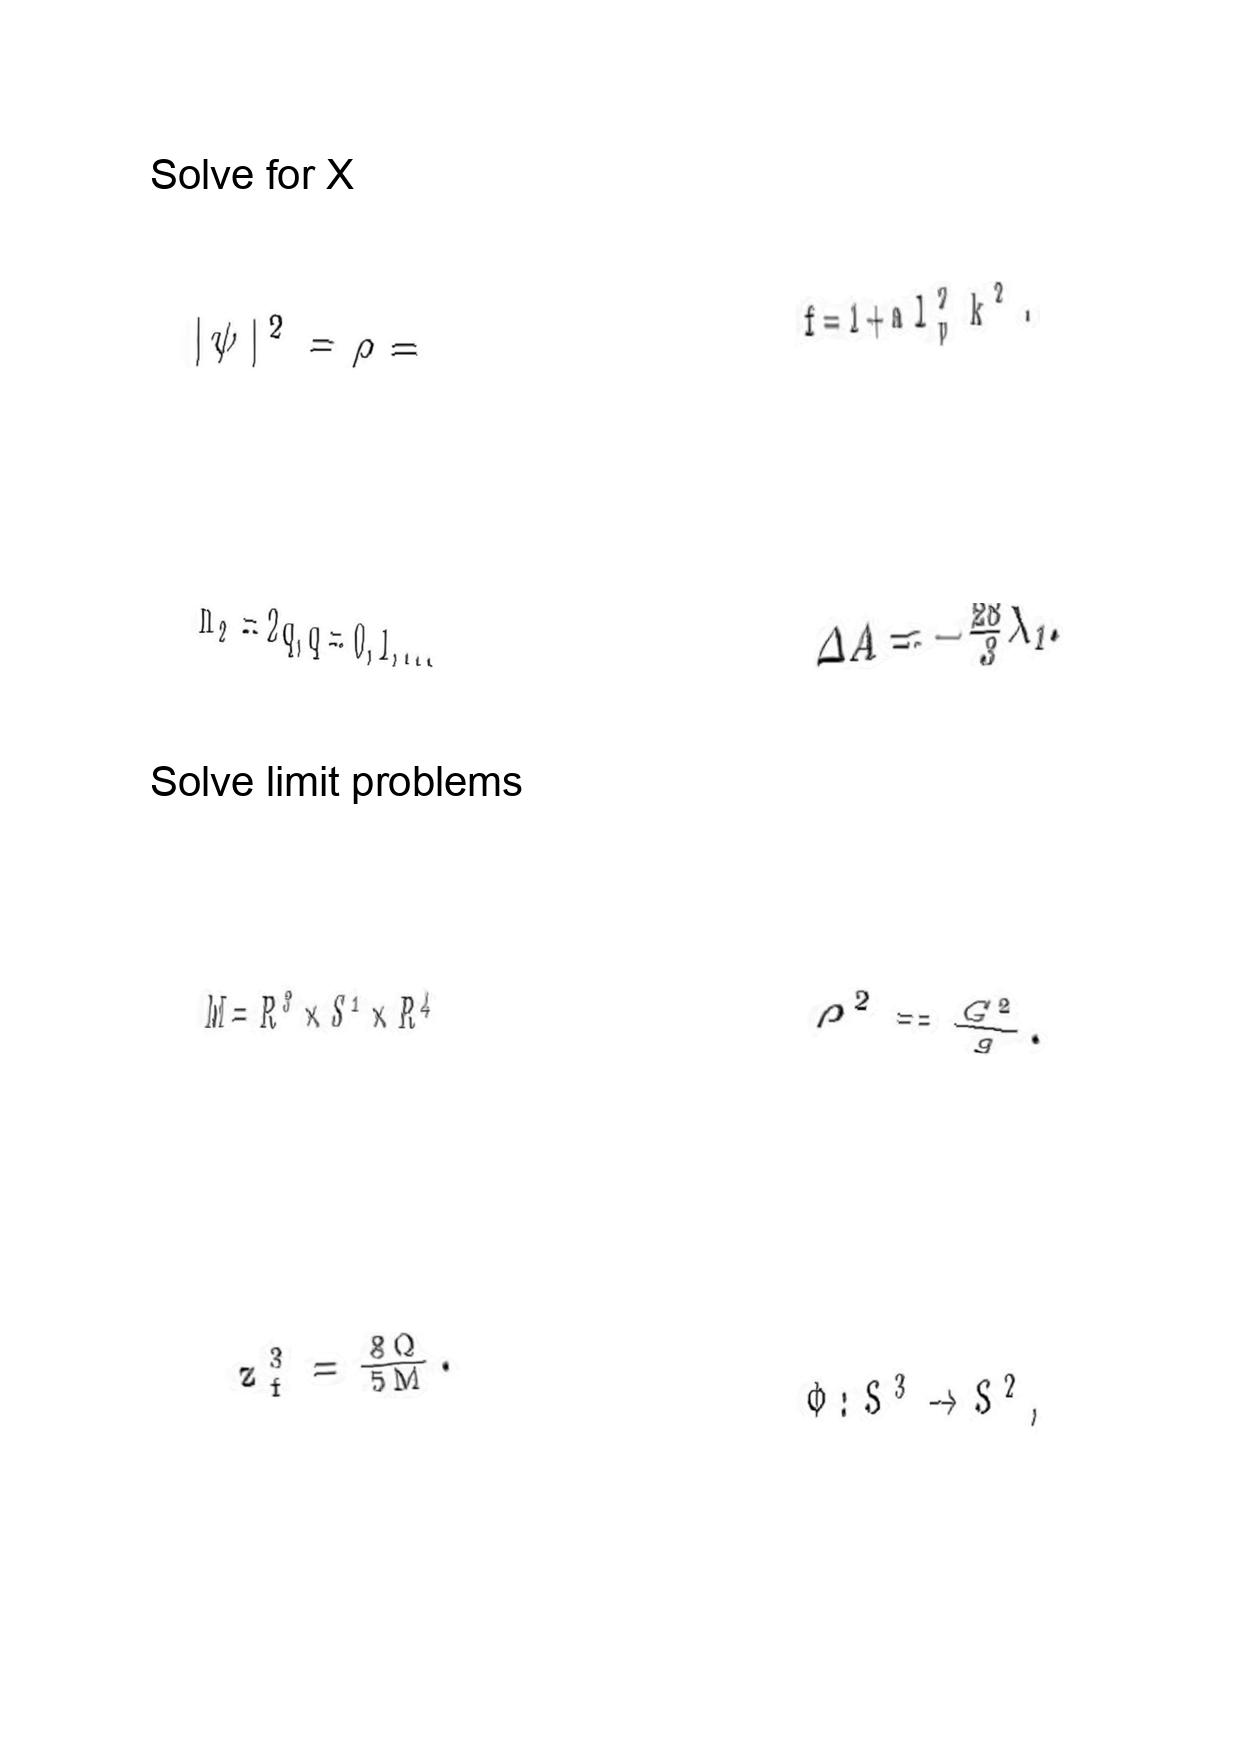
LaTeX transcription:
\vert \psi \vert ^ { 2 } = \rho =
n _ { 2 } = 2 q , q = 0 , 1 , . . .
M = R ^ { 3 } \times S ^ { 1 } \times R ^ { 4 }
z _ { f } ^ { 3 } = \frac { 8 Q } { 5 M } .
f = 1 + a l _ { p } ^ { 2 } k ^ { 2 } .
\Delta A = - \frac { 2 8 } { 3 } \lambda _ { 1 } .
\rho ^ { 2 } = \frac { G ^ { 2 } } { g } .
\Phi : S ^ { 3 } \rightarrow S ^ { 2 } ,